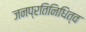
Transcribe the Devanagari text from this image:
जनप्रतिनिधित्व